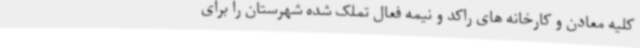
کلیه معادن و کارخانه های راکد و نیمه فعال تملک شده شهرستان را برای